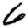
Digit: 6